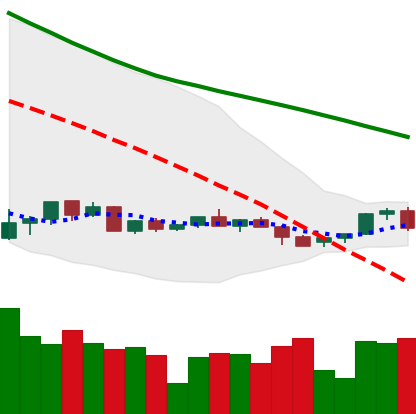
Ticker: LINK-USD
Chart end date: 2022-06-01
Forward return: 15.014%
Label: up_7plus